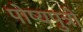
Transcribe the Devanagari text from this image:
पोष्यपुत्रों